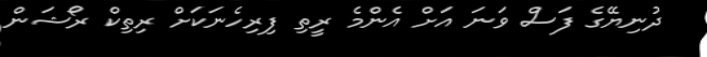
ދުނިޔޭގެ ފަސް ވަނަ އަށް އެންމެ ރީތި ފިރިހެނަކަށް ރިތިކް ރޯޝަން